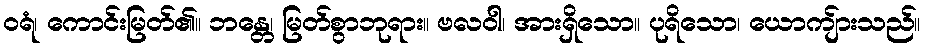
ဝရံ၊ ကောင်းမြတ်၏။ ဘန္တေ၊ မြတ်စွာဘုရား။ ဗလဝါ၊ အားရှိသော။ ပုရိသော၊ ယောကျ်ားသည်။